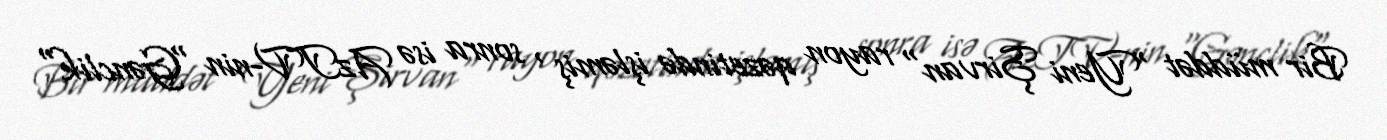
Bir müddət "Yeni Şirvan" rayon qəzetində işləmiş , sonra isə AzTV-nin "Gənclik"